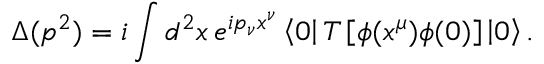
\Delta ( p ^ { 2 } ) = i \int d ^ { 2 } x \, e ^ { i p _ { \nu } x ^ { \nu } } \left\langle 0 \right| T \left[ \phi ( x ^ { \mu } ) \phi ( 0 ) \right] \left| 0 \right\rangle .